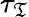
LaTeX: \tau_{\mathfrak{T}}